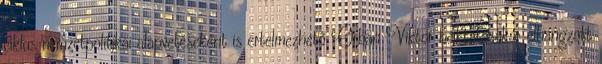
ciklus nemzetpolitikai alapvetéseként is értelmezhető Orbán Viktor beiktatásakor elhangzott